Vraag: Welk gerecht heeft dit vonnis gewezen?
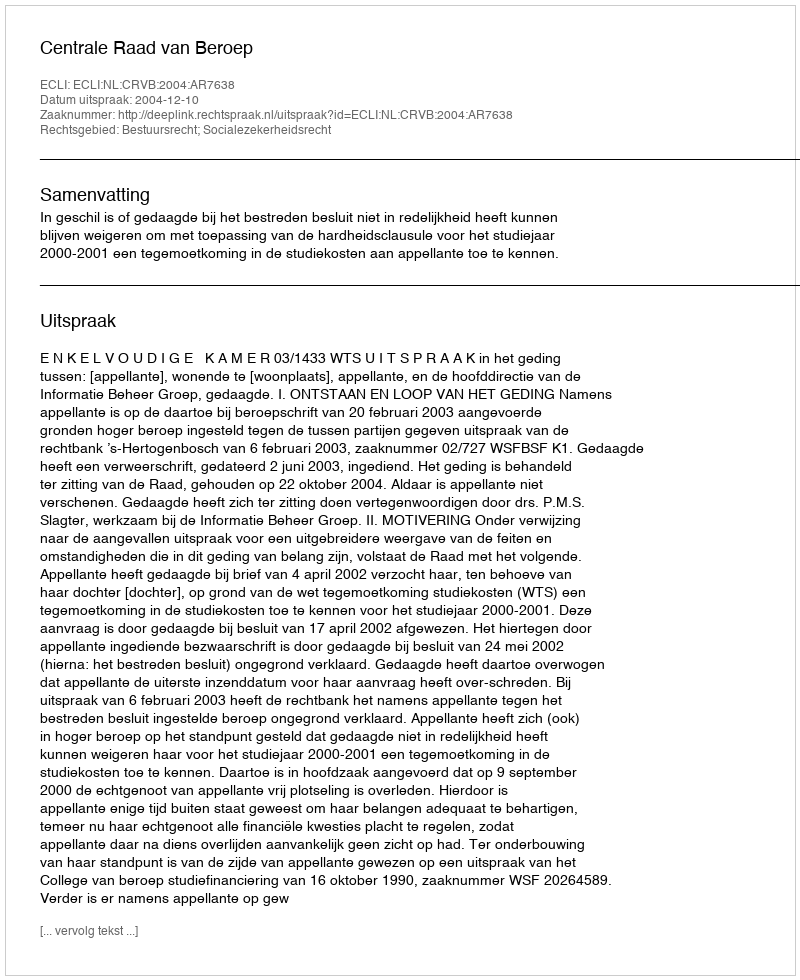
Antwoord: Centrale Raad van Beroep